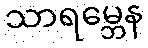
သာရမ္ဘေန